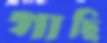
গাছি